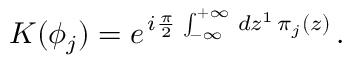
{ \cal K } ( \phi _ { j } ) = e ^ { \, i \frac { \pi } { 2 } \, \int _ { - \infty } ^ { + \infty } \, d z ^ { 1 } \, \pi _ { j } ( z ) } \, .